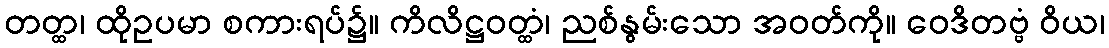
တတ္ထ၊ ထိုဥပမာ စကားရပ်၌။ ကိလိဋ္ဌဝတ္ထံ၊ ညစ်နွမ်းသော အဝတ်ကို။ ဝေဒိတဗ္ဗံ ဝိယ၊